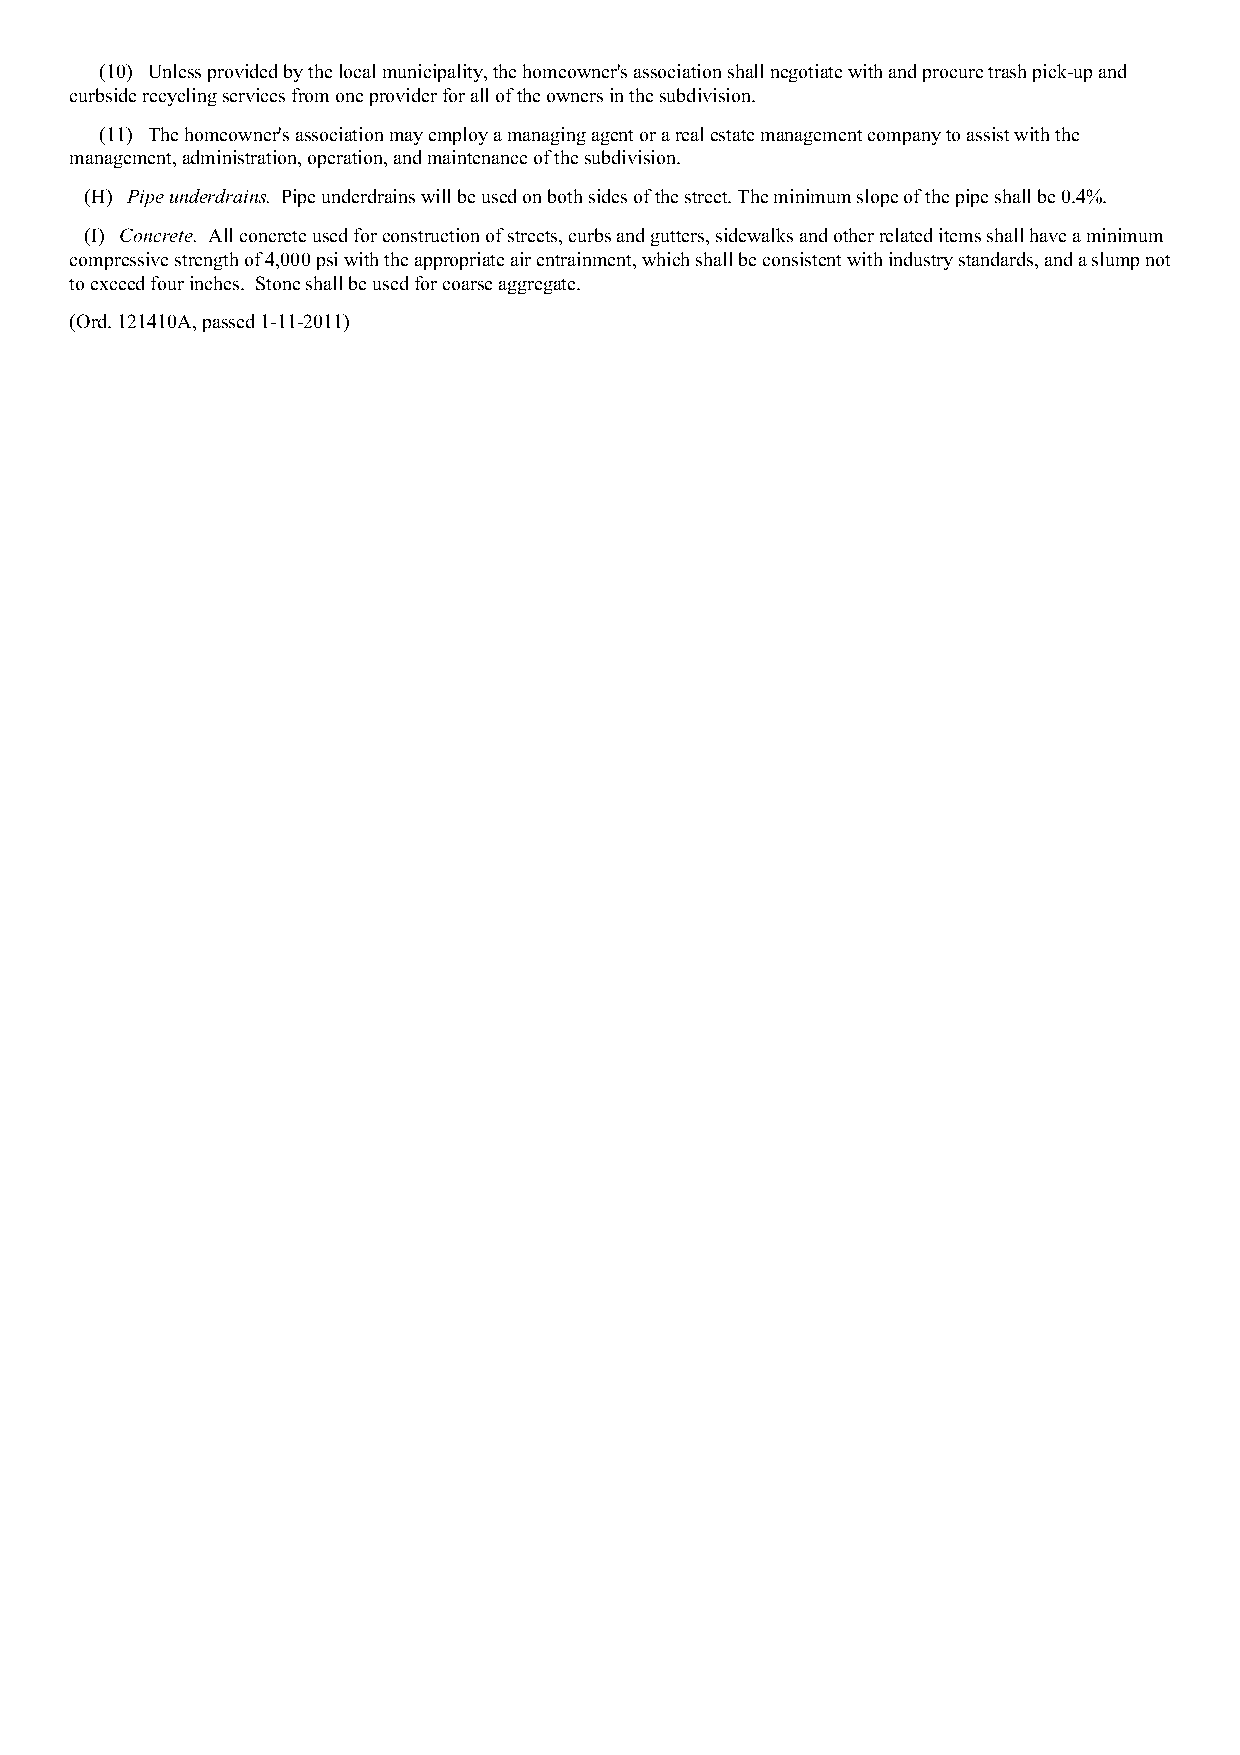
(10) Unless provided by the local municipality, the homeowner's association shall negotiate with and procure trash pick-up and
 curbside recycling services from one provider for all of the owners in the subdivision.
 (11) The homeowner's association may employ a managing agent or a real estate management company to assist with the
 management, administration, operation, and maintenance of the subdivision.
 (H) Pipe underdrains. Pipe underdrains will be used on both sides of the street. The minimum slope of the pipe shall be 0.4%.
 (I) Concrete. All concrete used for construction of streets, curbs and gutters, sidewalks and other related items shall have a minimum
 compressive strength of 4,000 psi with the appropriate air entrainment, which shall be consistent with industry standards, and a slump not
 to exceed four inches. Stone shall be used for coarse aggregate.
 (Ord. 121410A, passed 1-11-2011)